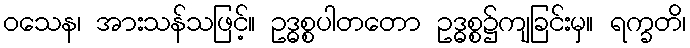
ဝသေန၊ အားသန်သဖြင့်။ ဥဒ္ဓစ္စပါတတော ဥဒ္ဓစ္စ၌ကျခြင်းမှ။ ရက္ခတိ၊